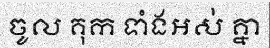
ចូល គុក ទាំងអស់ គ្នា